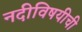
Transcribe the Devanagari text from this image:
नदीविषयीची